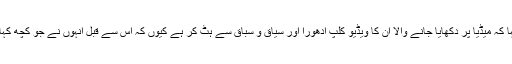
شاہد آفریدی نے مزید کہا کہ میڈیا پر دکھایا جانے والا ان کا ویڈیو کلپ ادھورا اور سیاق و سباق سے ہٹ کر ہے کیوں کہ اس سے قبل انہوں نے جو کچھ کہا وہ اس میں موجود نہیں۔